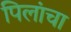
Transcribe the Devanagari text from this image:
पिलांचा